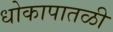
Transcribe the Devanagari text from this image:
धोकापातळी